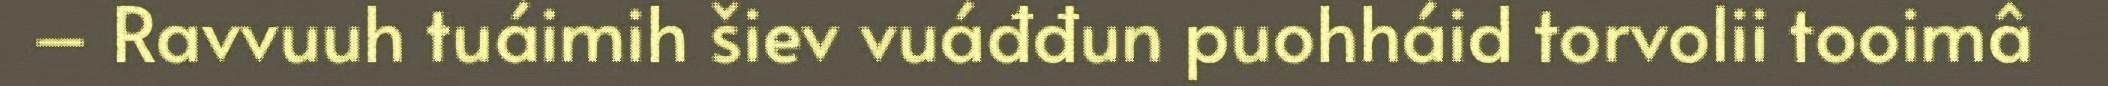
– Ravvuuh tuáimih šiev vuáđđun puohháid torvolii tooimâ